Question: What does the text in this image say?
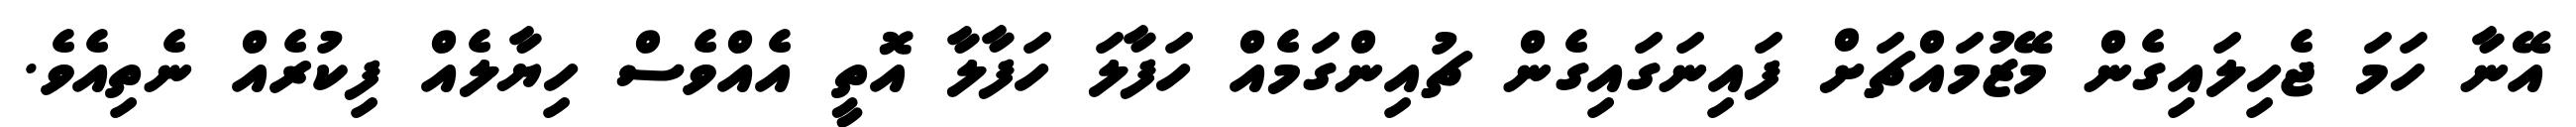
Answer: އޭނާ ހަމަ ޖެހިލައިގެން މޭޒުމައްޗަށް ފައިނަގައިގެން ޗުއިންގަމެއް ހަފާލަ ހަފާލާ އޮތީ އެއްވެސް ހިޔާލެއް ފިކުރެއް ނެތިއެވެ.